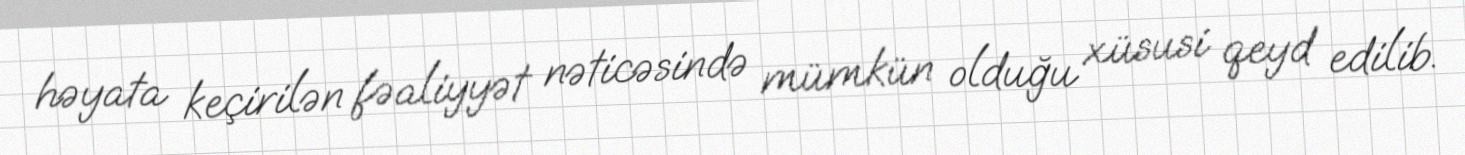
həyata keçirilən fəaliyyət nəticəsində mümkün olduğu xüsusi qeyd edilib.